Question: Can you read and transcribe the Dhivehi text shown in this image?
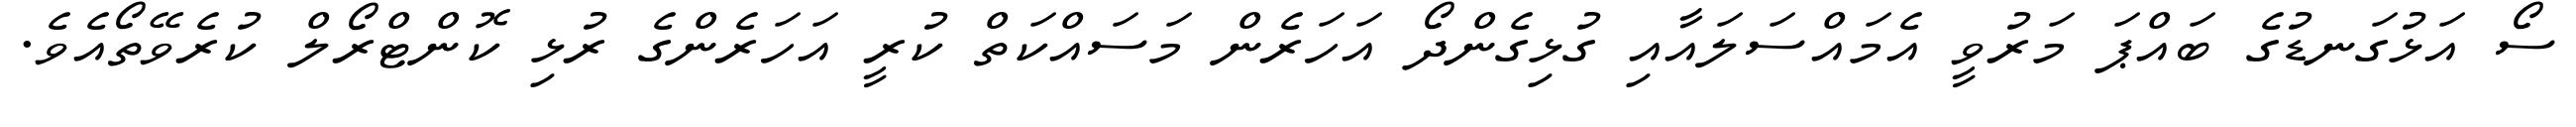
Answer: ސޯ އަޅުގަނޑުގެ ބައްޕަ މަރުވީ އެމައްސަލައާއި ގުޅިގެންދޯ އަހަރެން މަސައްކަތް ކުރީ އަހަރެންގެ ރުޅި ކޮންޓްރޯލް ކުރެވޭތޯއެވެ.